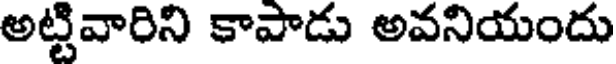
అట్టివారిని కాపాడు అవనియందు